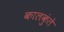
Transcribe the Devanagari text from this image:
कालकुंते